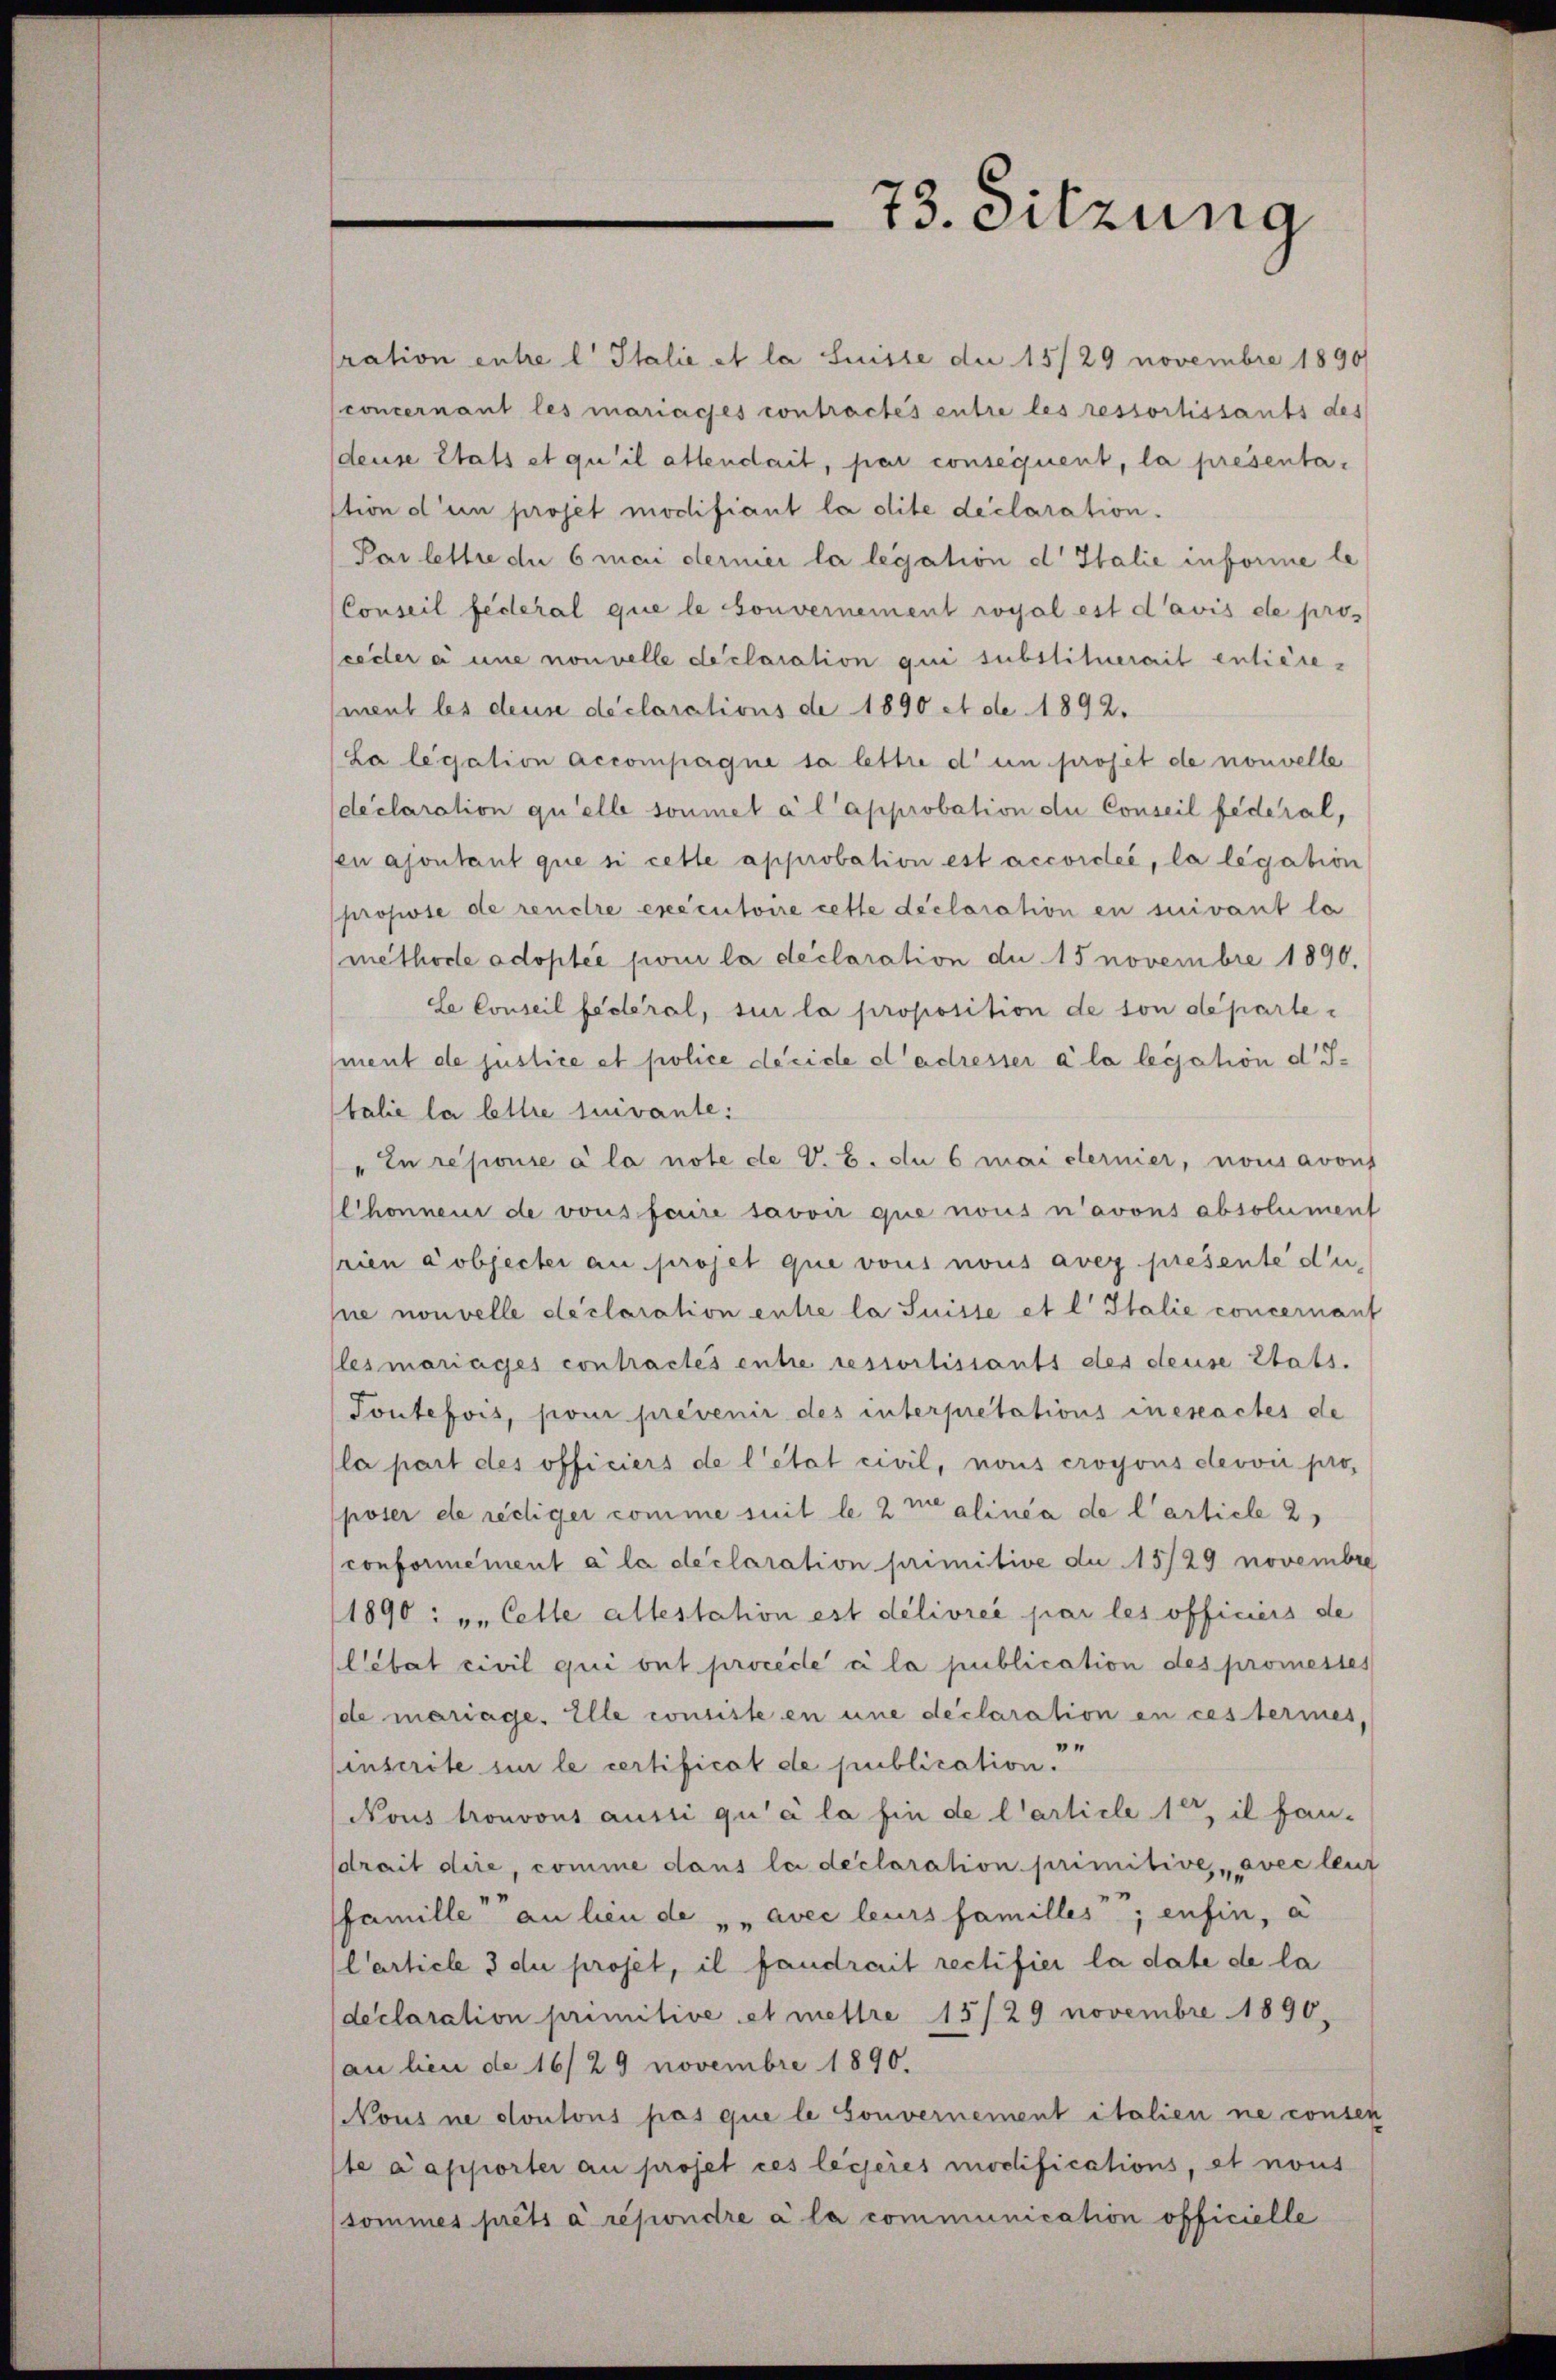
ration entre l Italie et la Suisse die 15/29 novembre 1890
concernant les mariages contractes entre les ressortissants des
deuse Stats et qu’il attendait, par consequent, la presentastion d’un projet modifiant la dite declaration.
Par lettre die 6 mai dernier la legation d Italie informe le
Conseil fédéral que le souvernement royal est d’avis de pro-
cedler à une nouvelle declaration qui substituerait entière-
ment les deux déclarations de 1890 et de 1892.
La legation accompagne sa lettre d’un projet de nouvelle
declaration qu’elle soumet à l’approbation du Conseil fédéral,
fen ajoutant que si cette approbation est accordée, la legation
prosste de reuere executoire cette declaration en suivant lo
methode adoptée pour la déclaration du 15 novembre 1890.
le Conseil fédéral, sur la proposition de son departe
ment de justice et police décide et adresser à la legation d. J.
talie la lettre suivante:
"In reponie à la note de V. B. du 6 maisternier, nousavous
Chonnen de vous faire savoir que nous n’avons absolument
rien Cobjecter au projet que vous nous aver presente du,
ne nouvelle déclaration entre la Suisse et l' Italie concernant
(les mariages contractes entre ressortissants des deuse tats.
Toutefois, pour prévenir des interpretations ineseactes de
la part des officiers de l’état civil, nous croyons devvii pro
poser de rediger comme suit le 2 me alinea de l’article 2,
conformément à la déclaration primitive du 15/29 novembre
1890: „Cette altestation est délivrée par les officiers de
lebat civil qui ont procede à la publication des promestes
de mariage. Elle consiste en une declaration en ces termes,
"
inscrite si le certificat de publication.
Nous tronvons aussi qu’à la hin de l’article 1, il fan-
drait dire, comme dans la declaration primitive avec leut
famille an lieu de " " avec leurs familles ; enfin, a
Carticle 3 du proset, il fandrait rectifier la date de la
declaration primitive et mettre 15/29 novembre 1890.
an lieu de 16/29 novembre 1890.
Nous ne dontons pas que le Souvernement italien ne consen
te Kapporter au proset ces lesseres modifications, et nous
sommes prêts à répondre à la communication officielle

73. Sitzung